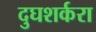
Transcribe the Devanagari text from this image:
दुघशर्करा